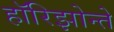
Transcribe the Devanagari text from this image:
हॉरिझोन्ते